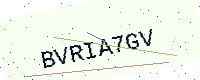
Text: BVRIA7GV